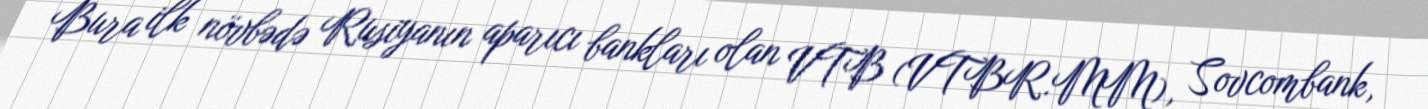
Bura ilk növbədə Rusiyanın aparıcı bankları olan VTB (VTBR.MM), Sovcombank,